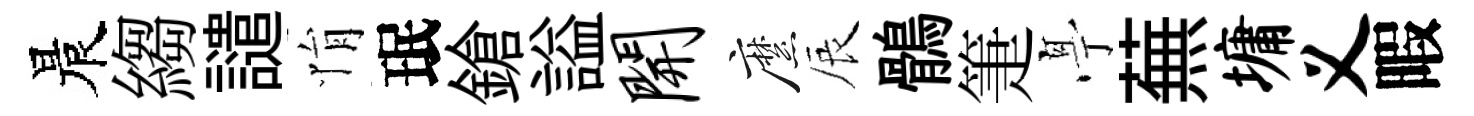
晨縐譴悁珉鎗謚开縻辰鶻箑𠅘蕪墉义暇